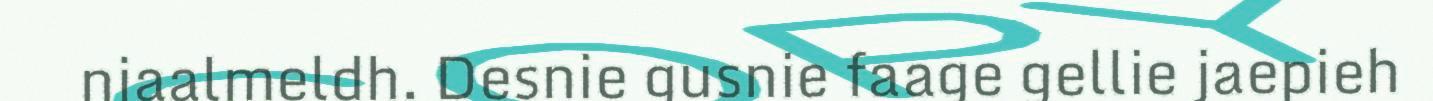
njaalmeldh. Desnie gusnie faage gellie jaepieh